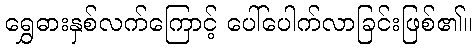
ရွှေဓားနှစ်လက်ကြောင့် ပေါ်ပေါက်လာခြင်းဖြစ်၏။